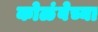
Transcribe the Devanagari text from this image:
कोळंबेच्या